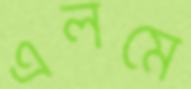
এলমে